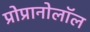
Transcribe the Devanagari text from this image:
प्रोप्रानोलॉल